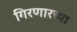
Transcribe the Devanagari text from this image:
गिरणारच्या